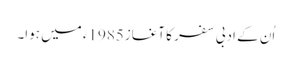
اُن کے ادبی سفر کا آغاز1985ء میں ہوا۔